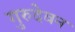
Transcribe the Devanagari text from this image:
गुरुदेवन